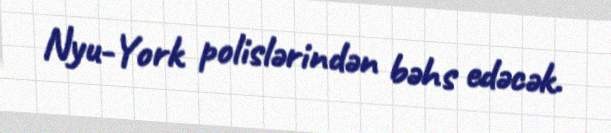
Nyu-York polislərindən bəhs edəcək.